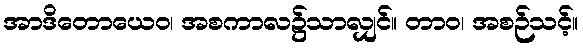
အာဒိတောယေဝ၊ အစကာလ၌သာလျှင်။ တာဝ၊ အစဉ်သင့်။